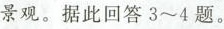
景观。据此回答3~4题。